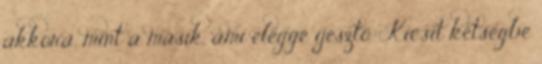
akkora, mint a másik, ami eléggé ijesztő.: Kicsit kétségbe